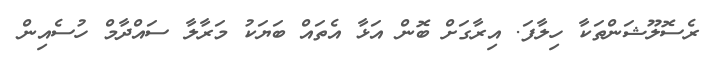
ރެސޮލޫޝަންތަކާ ހިލާފަ. އިރާގަށް ބޮން އަޅާ އެތައް ބަޔަކު މަރާލާ ސައްދާމް ހުސެއިން